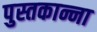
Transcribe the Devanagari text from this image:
पुस्तकान्ना